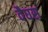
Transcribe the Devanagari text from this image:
वैघस